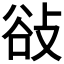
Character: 𢼽